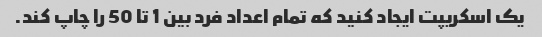
یک اسکریپت ایجاد کنید که تمام اعداد فرد بین 1 تا 50 را چاپ کند.